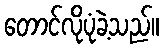
တောင်လိုပုံခဲ့သည်။